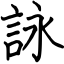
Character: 詠